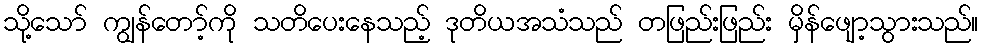
သို့သော် ကျွန်တော့်ကို သတိပေးနေသည့် ဒုတိယအသံသည် တဖြည်းဖြည်း မှိန်ဖျော့သွားသည်။